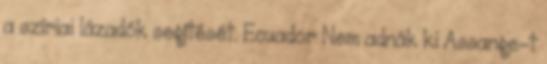
a szíriai lázadók segítését. Ecuador Nem adnák ki Assange-t